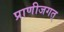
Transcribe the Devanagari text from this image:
प्राणीजगत्